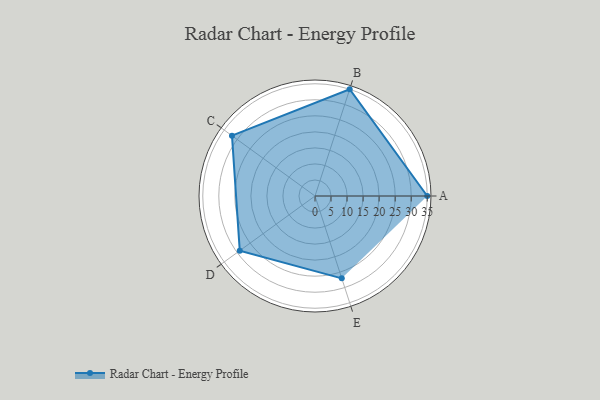
{"axis": {"x": "Skill", "y": "Score"}, "legend": ["Profile"], "data": [{"x": "A", "y": 35.0, "type": "Profile"}, {"x": "B", "y": 35.0, "type": "Profile"}, {"x": "C", "y": 32.0, "type": "Profile"}, {"x": "D", "y": 29.0, "type": "Profile"}, {"x": "E", "y": 27.0, "type": "Profile"}]}